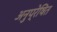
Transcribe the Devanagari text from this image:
अनुप्रेषित